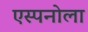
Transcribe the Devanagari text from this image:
एस्पनोला